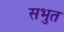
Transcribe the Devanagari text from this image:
सभुत